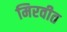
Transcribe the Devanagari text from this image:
मिरवीत